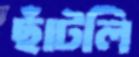
ছাঁটলি